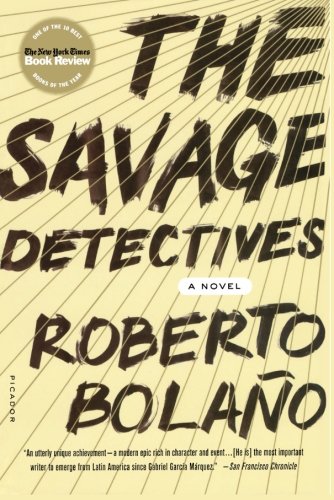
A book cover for The Savage Detectives: A Novel; Roberto Bolano; Literature & Fiction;